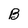
Character: B